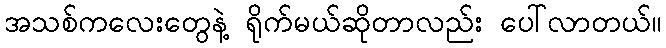
အသစ်ကလေးတွေနဲ့ ရိုက်မယ်ဆိုတာလည်း ပေါ်လာတယ်။